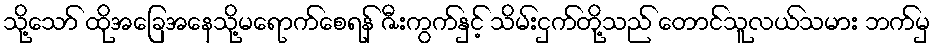
သို့သော် ထိုအခြေအနေသို့မရောက်စေရန် ဇီးကွက်နှင့် သိမ်းငှက်တို့သည် တောင်သူလယ်သမား ဘက်မှ